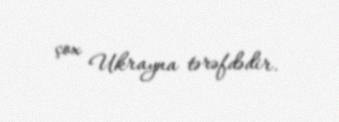
çox Ukrayna tərəfdədir.